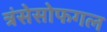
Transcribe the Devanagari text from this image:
त्रंसेसोफगल